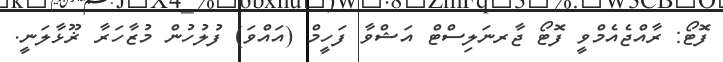
ފޮޓޯ: ރާއްޖެއެމްވީ ފޮޓޯ ޖާރނަލިސްޓް އަޝްވާ ފަހީމް (އައްވަ) ފުލުހުން މުޒާހަރާ ޜޫޅާލަނީ.